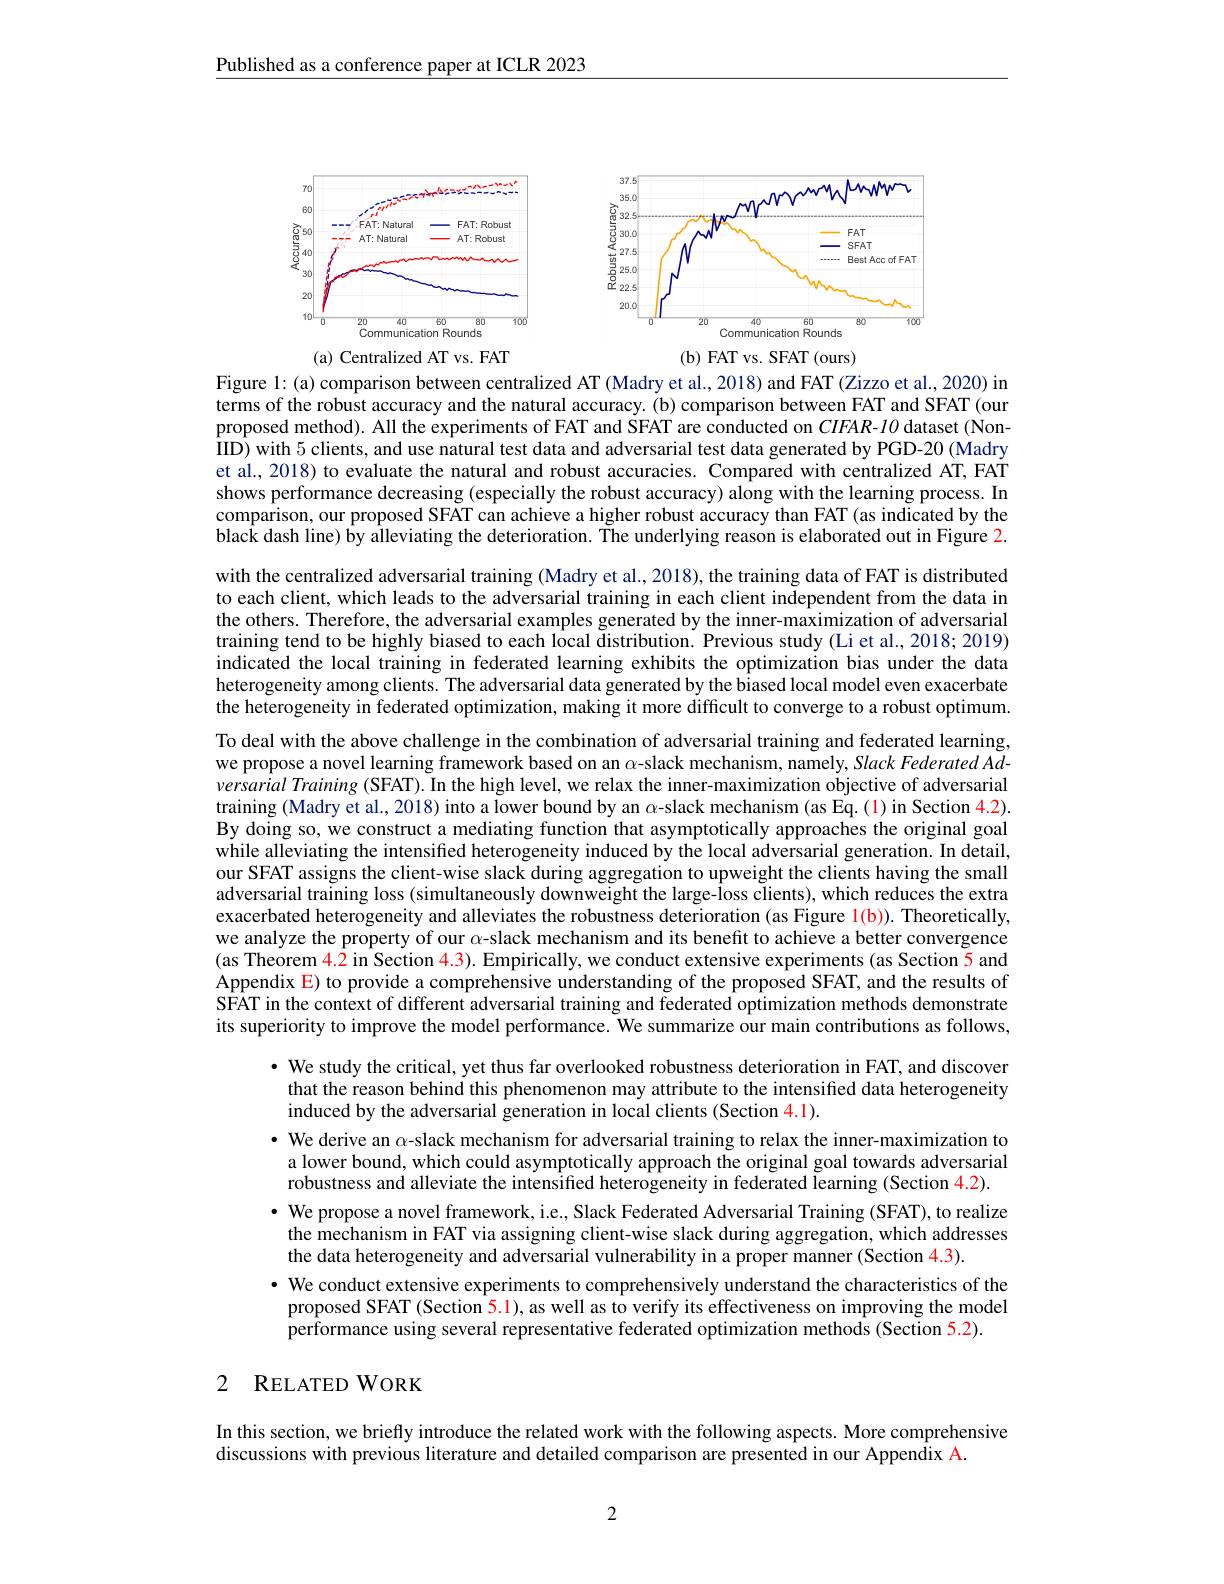
Published as a conference paper at ICLR 2023

<FigureHere>
(a) Centralized AT vs. FAT

<FigureHere>
(b) FAT vs. SFAT (ours)

Figure l:(a) comparison between centralized AT (Madry et al., 2018) and FAT (Zizzo et al., 2020) in

terms of the robust accuracy and the natural accuracy. (b) comparison between FAT and SFAT (our proposed method). All the experiments of FAT and SFAT are conducted on $CIFAR-IO$ dataset (NonIID) with 5 clients, and use natural test data and adversarial test data generated by PGD-20 (Madry et al., 2018) to evaluate the natural and robust accuracies. Compared with centralized AT, FAT shows performance decreasing (especially the robust accuracy) along with the learning process. In comparison, our proposed SFAT can achieve a higher robust accuracy than FAT (as indicated by the blac$\hat{\text{k dash line) by aîlleviating the deterioration. The underlying reason is elaborated out in Figure 2.}}$ with the centralized adversarial training (Madry et al., 2018), the training data of FAT is distributed to each client, which leads to the adversarial training in each client independent from the data in the others. Therefore, the adversarial examples generated by the inner-maximization of adversarial training tend to be highly biased to each local distribution. Previous study (Li et al., 2018; 2019) indicated the local training in federated learning exhibits the optimization bias under the data heterogeneity among clients. The adversarial data generated by the biased local model even exacerbate the heterogeneity in federated optimization, making it more difficult to converge to a robust optimum. To deal with the above challenge in the combination of adversarial training and federated learning, we propose a novel learning framework based on an $\alpha$-slack mechanism, namely, Slack Federated Adversarial Training (SFAT). In the high level, we relax the inner-maximization objective of adversarial training (Madry et al., 2018) into a lower bound by an $\alpha$-slack mechanism (as Eq.(1) in Section 4.2). By doing so, we construct a mediating function that asymptotically approaches the original goal while alleviating the intensified heterogeneity induced by the local adversarial generation. In detail, our SFAT assigns the client-wise slack during aggregation to upweight the clients having the small adversarial training loss (simultaneously downweight the large-loss clients), which reduces the extra exacerbated heterogeneity and alleviates the robustness deterioration (as Figure $\color{red}{\mathrm{l}}(\mathbf{b})).$ Theoretically, we analyze the property of our $\alpha$-slack mechanism and its benefit to achieve a better convergence (as Theorem $\color{red}{4.2}$ in Section $\color{red}{4.3}).$ Empirically, we conduct extensive experiments (as Section 5 and Appendix E) to provide a comprehensive understanding of the proposed SFAT, and the results of SFAT in the context of different adversarial training and federated optimization methods demonstrate its superiority to improve the model performance. We summarize our main contributions as follows,
· We study the critical, yet thus far overlooked robustness deterioration in FAT, and discover that the reason behind this phenomenon may attribute to the intensified data heterogeneity induced by the adversarial generation in local clients (Section 4.1).
· We derive an $\alpha$-slack mechanism for adversarial training to relax the inner-maximization to a lower bound, which could asymptotically approach the original goal towards adversarial robustness and alleviate the intensified heterogeneity in federated learning (Section 4.2). · We propose a novel framework, i.e., Slack Federated Adversarial Training (SFAT), to realize the mechanism in FAT via assigning client-wise slack during aggregation, which addresses the data heterogeneity and adversarial vulnerability in a proper manner (Section 4.3).
· We conduct extensive experiments to comprehensively understand the characteristics of the proposed SFAT (Section 5.1), as well as to verify its effectiveness on improving the model performance using several representative federated optimization methods (Section 5.2).

### 2 RELATEDWORK

In this section, we briefly introduce the related work with the following aspects. More comprehensive
discussions with previous literature and detailed comparison are presented in our Appendix A.

2